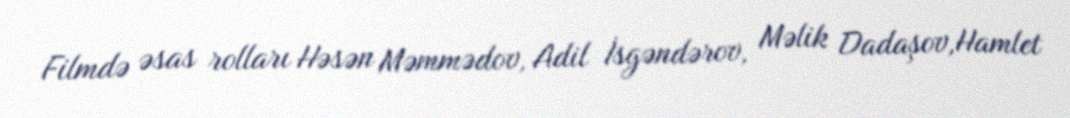
Filmdə əsas rolları Həsən Məmmədov, Adil İsgəndərov, Məlik Dadaşov,Hamlet